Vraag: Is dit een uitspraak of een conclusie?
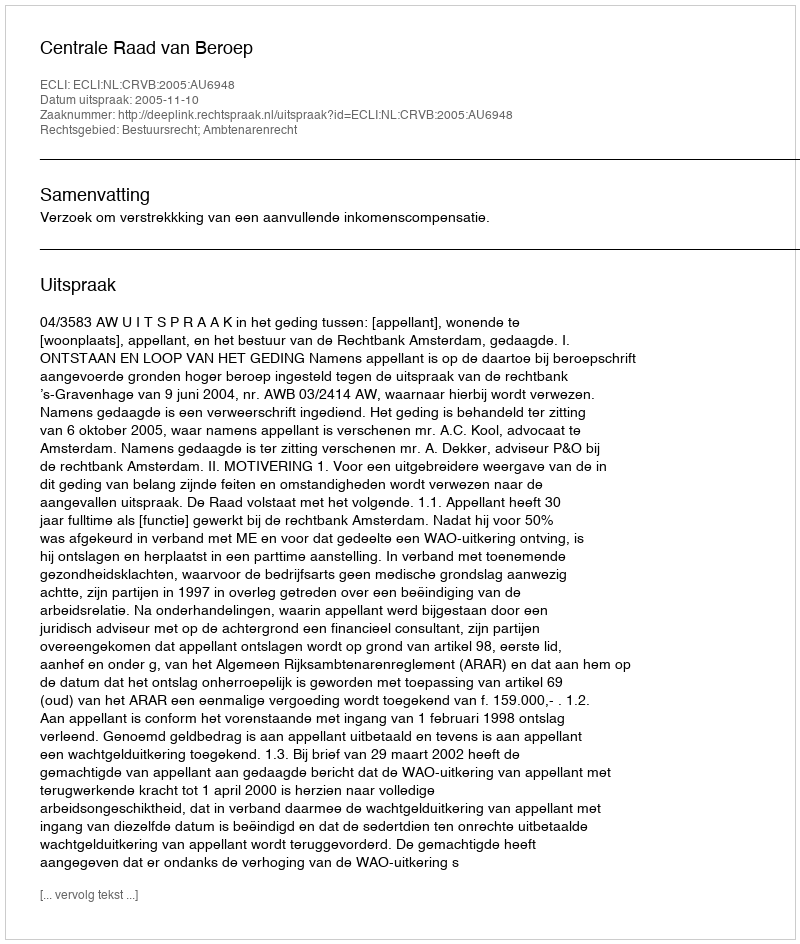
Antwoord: Uitspraak